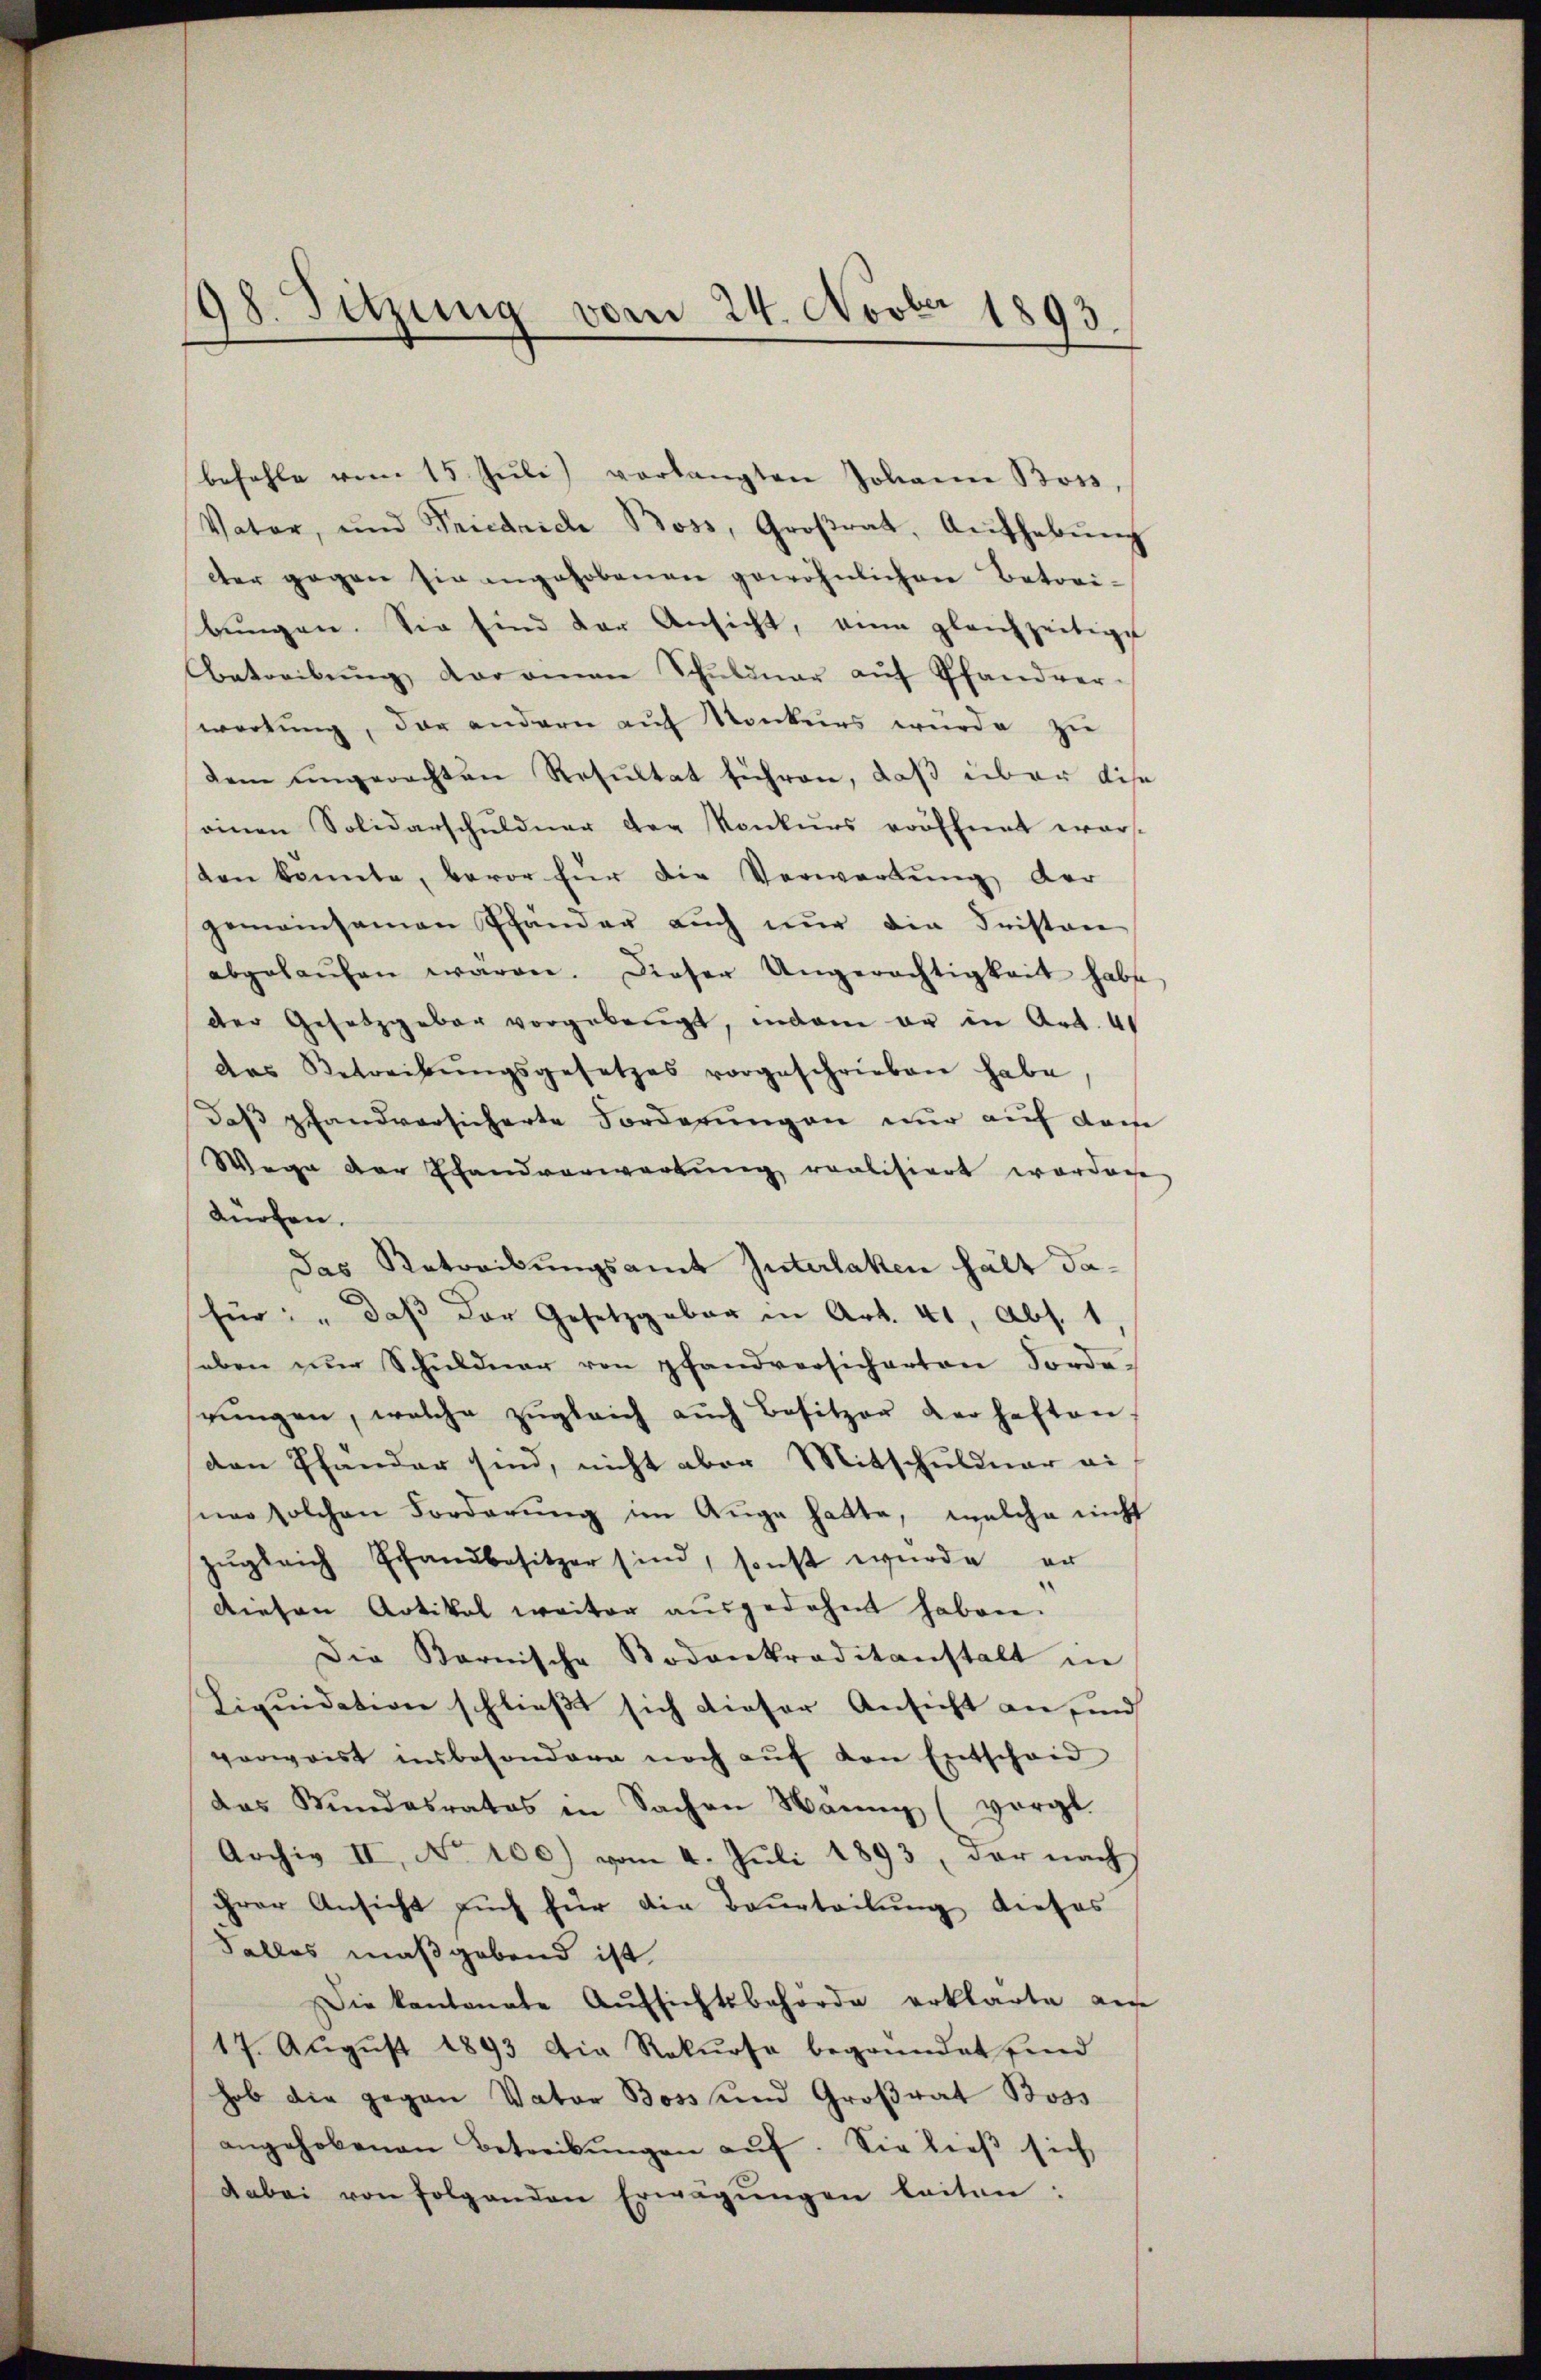
198. Sitzung vom 24. Novber 1893.

befehle vom 15. Jŭli) verlangten Johann Bors,
Vater, und Friedriche Boss, Groβrat, Aŭfhebŭng
cter gegen sie ingehobenen gewöhnlichen Betreibungen. Sie sind der Ansicht, ein gleichzeitige
Abetreibŭng daramen Schŭlinar aŭf Pfandver-
wortŭng, der andern aŭf Konkers würde zu
dem ungerechten Resultat führen, daß über dise
einen Solidarschuldner der Konkurs eröffnet wars.
ten könnte, bevor für die Verwartŭng der
gemeinsamen Pfander auch nur die Fristan
abgelaŭfen waren. Dieser Ungerächtigkeit habe,
der Gesetzgeber vorgelangt, indem er in Art. 4
das Betreibŭngsgesetzes vorgeschrieben habe,
Daß pfandversicherte Forderungen nur auf dasse
Wege der Handverwartung realisiert worden
dürfen.
das Betreibungsamt Interlaken hält dafür: „daß der Gesetzgeber in Art. 41, Abs. 1.
heben nŭr Schŭldŭar von pfandversicherten Forde
rŭngen, welche zŭgleich auch Besitzer verhaften
den Pfander sind, nicht aber Mitschuldner ei
nar solchen Forderŭng im Auge hatte, welche nicht
zŭgleich Pfandbesitzer sind, sonst wurde er
Diesen Artikal weiter ausgedehnt haben.
Die Barnische Bodenkraditanstalt in
Liquidation schließt sich dieser Ansicht an, und
vorwaist unbesondern noch aŭf den Entscheid
das Bundesrates in Sachen Hänny (vorgl.
Archiv II, No 100) vom 4. Juli 1893, der nach
ihrer Ansicht auch für die Beurteilung dieses
Falles maßgebend ist.
Die kantonate Aŭfsichtsbehörde erklärte am
17. Aŭgŭst 1893 die Rekurse begründet sind
hob die gegen Vater Boss und Großrat Boss
angehobenen Betreibŭngen aŭf. Sie lieβ sich
dabei von folgenden Erwägŭngen leiten: